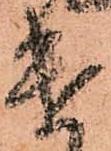
遣